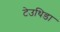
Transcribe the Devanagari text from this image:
टेउथिडा